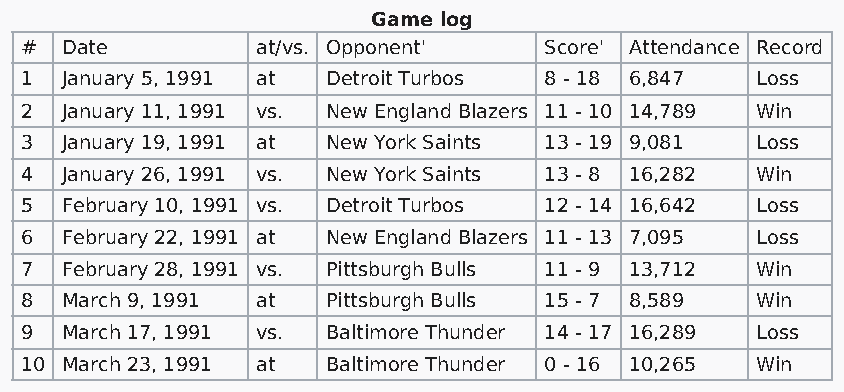
Game log
 #  Date         at/vs. Opponent'   Score' Attendance Record
 1  January 5, 1991 at Detroit Turbos 8 - 18 6,847 Loss
 2  January 11, 1991 vs. New England Blazers 11 - 10 14,789 Win
 3  January 19, 1991 at New York Saints 13 - 19 9,081 Loss
 4  January 26, 1991 vs. New York Saints 13 - 8 16,282 Win
 5  February 10, 1991 vs. Detroit Turbos 12 - 14 16,642 Loss
 6  February 22, 1991 at New England Blazers 11 - 13 7,095 Loss
 7  February 28, 1991 vs. Pittsburgh Bulls 11 - 9 13,712 Win
 8  March 9, 1991 at  Pittsburgh Bulls 15 - 7 8,589 Win
 9  March 17, 1991 vs. Baltimore Thunder 14 - 17 16,289 Loss
 10 March 23, 1991 at Baltimore Thunder 0 - 16 10,265 Win